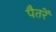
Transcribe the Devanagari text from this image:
पैतरें